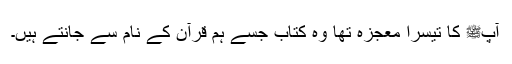
آپﷺ کا تیسرا معجزہ تھا وہ کتاب جسے ہم قرآن کے نام سے جانتے ہیں۔